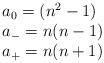
LaTeX: \begin{align*}\begin{array}{lcr} a_{0}= ({n^2}-1)\\a_{-}= n(n-1)\\a_{+}= n(n+1)\end {array}\end{align*}